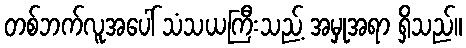
တစ်ဘက်လူအပေါ် သံသယကြီးသည့် အမှုအရာ ရှိသည်။